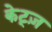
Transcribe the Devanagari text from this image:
केट्ज़